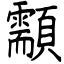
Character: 顬